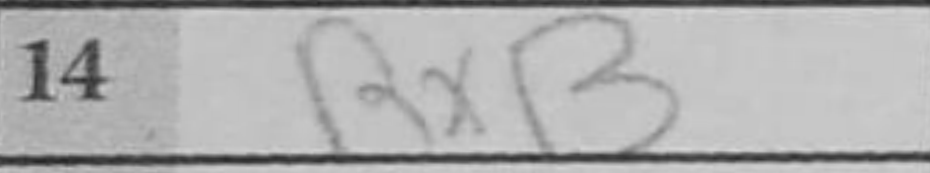
Transcription: RxB